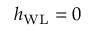
h _ { \mathrm { W L } } = 0